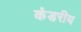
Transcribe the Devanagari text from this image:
कंडरीय